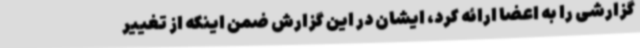
گزارشی را به اعضا ارائه کرد، ایشان در این گزارش ضمن اینکه از تغییر